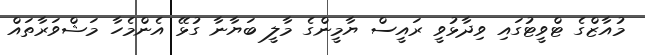
މުއާޒްގެ ޓްވީޓުގައި ވިދާޅުވީ ރައީސް ޔާމީންގެ މާލީ ބަޔާނާ ގުޅޭ އެންމެހާ މަޝްވަރާތައް